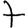
Digit: 7